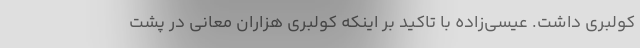
كولبري داشت. عيسي‌زاده با تاكيد بر اينكه كولبري هزاران معاني در پشت